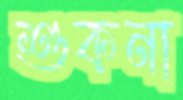
শুকনা